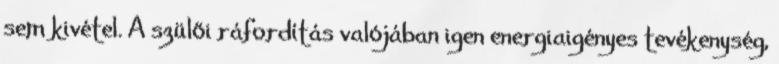
sem kivétel. A szülői ráfordítás valójában igen energiaigényes tevékenység,